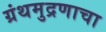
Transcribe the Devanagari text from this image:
ग्रंथमुद्रणाचा